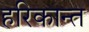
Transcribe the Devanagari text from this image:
हरिकान्त